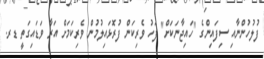
ފުލުހުންނާއި ސިފައިންގެ "ހައިޖާނަކަށް" ފަހު ވެރިކަން ފުރޮޅައިލުމުން ވެރިކަމަށް އަރާ ވަޑައިގަތީ ޑރ.